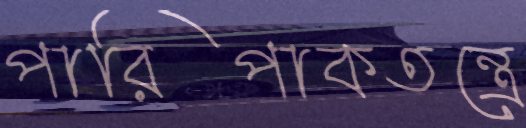
পারিপাকতন্ত্রে